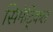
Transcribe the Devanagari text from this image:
सिमेट्रिकल